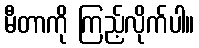
မီတာကို ကြည့်လိုက်ပါ။